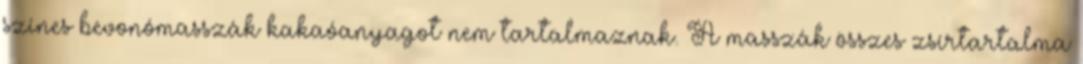
színes bevonómasszák kakaóanyagot nem tartalmaznak. A masszák összes zsírtartalma